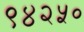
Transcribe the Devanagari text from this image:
९४२५०